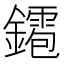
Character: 䥤